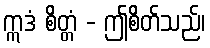
ဣဒံ စိတ္တံ - ဤစိတ်သည်၊